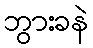
ဘွားခနဲ